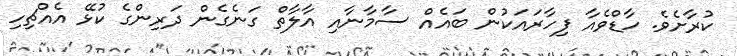
ކުރާށެވެ. ހާޑްވެއާ ފިހާރައަކުން ބައެއް ސާމާނާއި އާލާތް ގަނެގެން ދަރިންގެ ކުޅޭ އެއްޗިހި